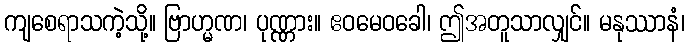
ကျစေရာသကဲ့သို့။ ဗြာဟ္မဏ၊ ပုဏ္ဏား။ ဧဝမေဝခေါ၊ ဤအတူသာလျှင်။ မနုဿာနံ၊